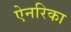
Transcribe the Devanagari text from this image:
ऐनरिका